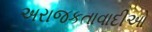
અરાજકતાવાદીઓ